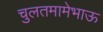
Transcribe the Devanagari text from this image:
चुलतमामेभाऊ